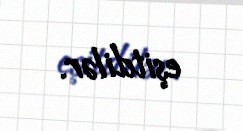
eşitdilər.